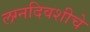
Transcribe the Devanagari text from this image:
लग्नदिवशीचे